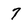
Character: 7